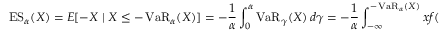
\operatorname { E S } _ { \alpha } ( X ) = E [ - X \mid X \leq - \operatorname { V a R } _ { \alpha } ( X ) ] = - { \frac { 1 } { \alpha } } \int _ { 0 } ^ { \alpha } \operatorname { V a R } _ { \gamma } ( X ) \, d \gamma = - { \frac { 1 } { \alpha } } \int _ { - \infty } ^ { - \operatorname { V a R } _ { \alpha } ( X ) } x f ( x ) \, d x .